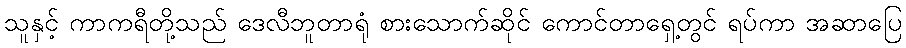
သူနှင့် ကာကရီတို့သည် ဒေလီဘူတာရုံ စားသောက်ဆိုင် ကောင်တာရှေ့တွင် ရပ်ကာ အဆာပြေ